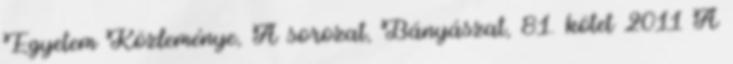
Egyetem Közleménye, A sorozat, Bányászat, 81. kötet 2011 A